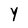
Character: Y